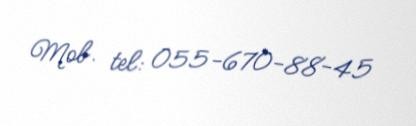
Mob. tel: 055-670-88-45